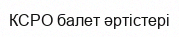
КСРО балет әртістері